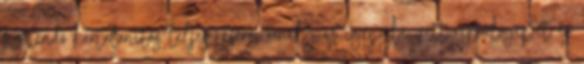
fizetendő kártalanítás teljesítésére, amely az igénybe vett repülőgépet és